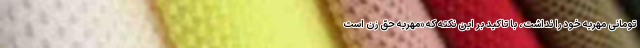
تومانی مهریه خود را نداشت، با تاکید بر این نکته که «مهریه حق زن است